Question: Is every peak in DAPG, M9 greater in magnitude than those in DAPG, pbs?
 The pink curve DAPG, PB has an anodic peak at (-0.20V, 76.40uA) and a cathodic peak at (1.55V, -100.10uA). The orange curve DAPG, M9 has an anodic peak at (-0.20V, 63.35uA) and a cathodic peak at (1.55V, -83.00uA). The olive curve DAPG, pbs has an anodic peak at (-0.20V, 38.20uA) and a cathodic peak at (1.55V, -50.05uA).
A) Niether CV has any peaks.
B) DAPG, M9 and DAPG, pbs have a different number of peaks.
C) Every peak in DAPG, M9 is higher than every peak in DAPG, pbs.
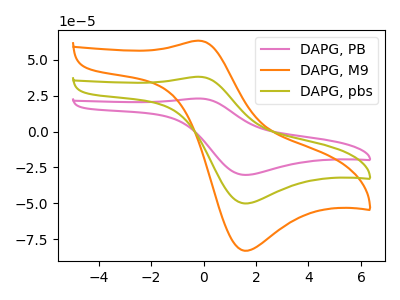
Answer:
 <answer>C) Every peak in "DAPG, M9" is higher than every peak in "DAPG, pbs".</answer>
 <eval>C</eval>